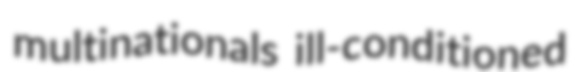
multinationals ill-conditioned